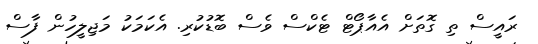
ރައީސް ތި ގޮތަށް އެއާޕޯޓް ޓެކްސް ވެސް ބޮޑުކުރި. އެކަމަކު މަޖިލީހުން ފާސް